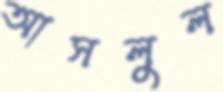
আসলুল